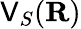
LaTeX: \mathsf{V}_{S}({\mathbf{R}})